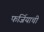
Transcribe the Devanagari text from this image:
फर्जियाची